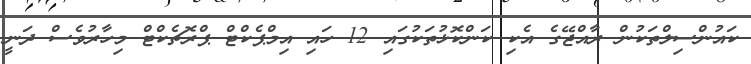
ކައުންސިލްތަކުން ރާއްޖޭގެ އެކި ކަންކޮޅުތަކުގައި 12 ހައި އިމްޕެކްޓް ޕްރޮޗެކްޓް މިހާރުވެސް ދަނީ